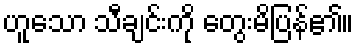
ဟူသော သီချင်းကို တွေးမိပြန်၏။